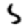
Digit: 5